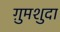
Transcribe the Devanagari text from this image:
ग़ुमशुदा